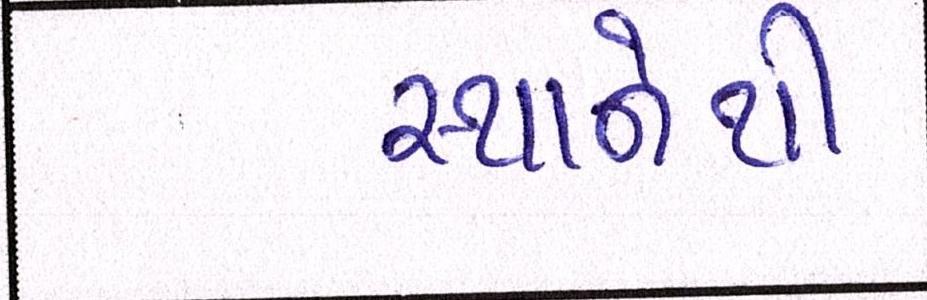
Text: સ્થાનેથી